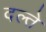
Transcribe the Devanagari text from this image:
दल्ते